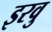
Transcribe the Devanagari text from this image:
इरवु